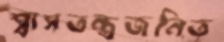
শ্বাসতন্ত্রজনিত